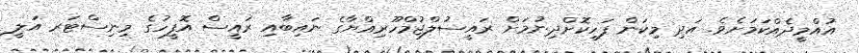
އުއްމީދެއްކަމަށެވެ. އަދި މިކަން ފަހިކޮށްދިނުމަށް ރައީސުލްޖުމްހޫރިއްޔާގެ ނައިބާއި ރައީސް އޮފީހުގެ މިނިސްޓަރ އަލީ